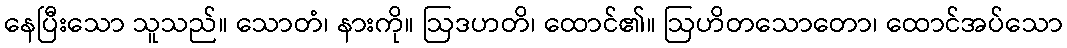
နေပြီးသော သူသည်။ သောတံ၊ နားကို။ ဩဒဟတိ၊ ထောင်၏။ ဩဟိတသောတော၊ ထောင်အပ်သော